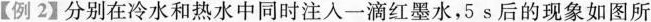
【例2】分别在冷水和热水中同时注入一滴红墨水，5s后的现象如图所